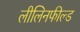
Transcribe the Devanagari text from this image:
लीलिनफील्ड